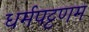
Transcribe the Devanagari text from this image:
धर्मपट्टणम